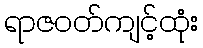
ရာဇဝတ်ကျင့်ထုံး